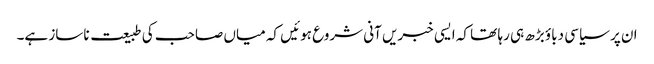
ان پر سیاسی دباؤ بڑھ ہی رہا تھا کہ ایسی خبریں آنی شروع ہوئیں کہ میاں صاحب کی طبیعت ناساز ہے۔